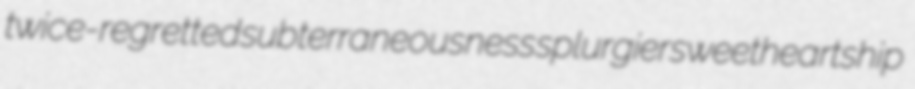
twice-regretted subterraneousness splurgier sweetheartship